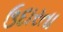
ઉદારતા